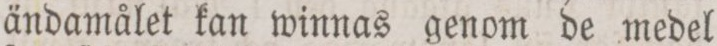
ändamålet kan winnas genom de medel